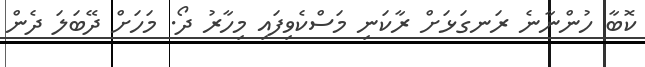
ކޮބާ ހުންނާނެ ރަނގަޅަށް ރާކަނި މަސްކެވިފައި މިހާރު ދޯ. މަހަށް ދޭބަލަ ދެން